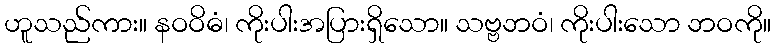
ဟူသည်ကား။ နဝဝိဓံ၊ ကိုးပါးအပြားရှိသော။ သဗ္ဗဘဝံ၊ ကိုးပါးသော ဘဝကို။